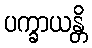
ပက္ခာယန္တိ